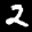
Digit: 2